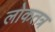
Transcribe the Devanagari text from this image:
लोकतत्र